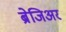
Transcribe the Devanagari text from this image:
ब्रेजिअर